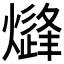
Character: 𱬢